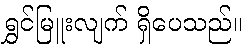
ရွှင်မြူးလျက် ရှိပေသည်။